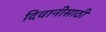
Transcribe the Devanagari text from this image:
दिवानीसाठी